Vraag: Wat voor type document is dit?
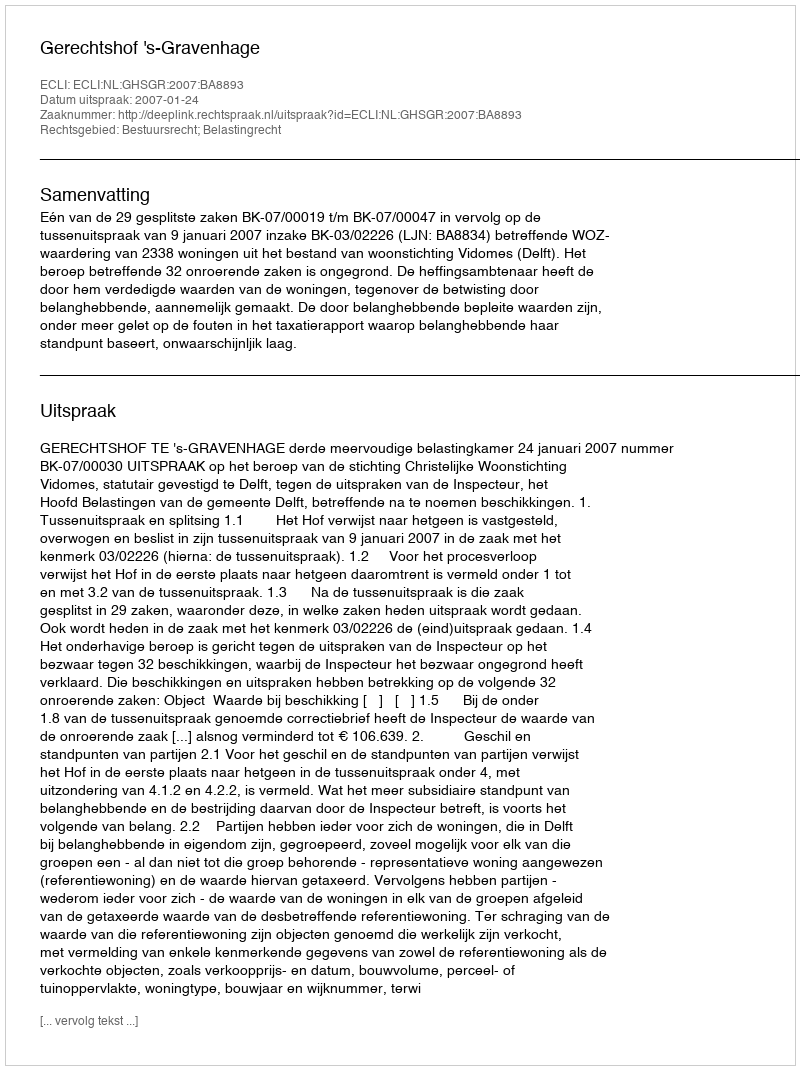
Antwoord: Uitspraak